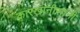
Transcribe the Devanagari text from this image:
कारखानीसांनी